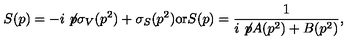
S ( p ) = - i \not \! p \sigma _ { V } ( p ^ { 2 } ) + \sigma _ { S } ( p ^ { 2 } ) \mathrm { o r } S ( p ) = \frac { 1 } { i \not \! p A ( p ^ { 2 } ) + B ( p ^ { 2 } ) } ,